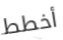
أخطط